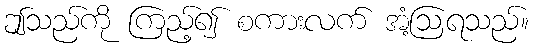
ဤသည်ကို ကြည့်၍ စကားလက် အံ့ဩရသည်။